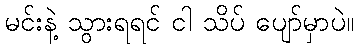
မင်းနဲ့ သွားရရင် ငါ သိပ် ပျော်မှာပဲ။